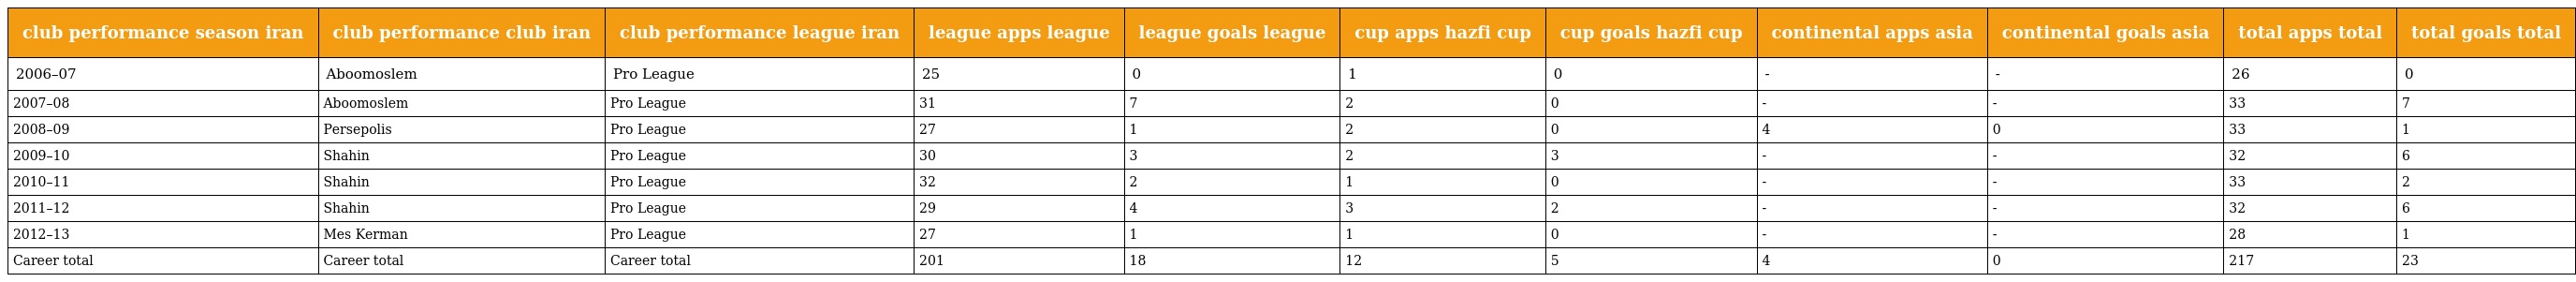
| club performance season iran | club performance club iran | club performance league iran | league apps league | league goals league | cup apps hazfi cup | cup goals hazfi cup | continental apps asia | continental goals asia | total apps total | total goals total |
 | --- | --- | --- | --- | --- | --- | --- | --- | --- | --- | --- |
 | 2006–07 | Aboomoslem | Pro League | 25 | 0 | 1 | 0 | - | - | 26 | 0 |
 | 2007–08 | Aboomoslem | Pro League | 31 | 7 | 2 | 0 | - | - | 33 | 7 |
 | 2008–09 | Persepolis | Pro League | 27 | 1 | 2 | 0 | 4 | 0 | 33 | 1 |
 | 2009–10 | Shahin | Pro League | 30 | 3 | 2 | 3 | - | - | 32 | 6 |
 | 2010–11 | Shahin | Pro League | 32 | 2 | 1 | 0 | - | - | 33 | 2 |
 | 2011–12 | Shahin | Pro League | 29 | 4 | 3 | 2 | - | - | 32 | 6 |
 | 2012–13 | Mes Kerman | Pro League | 27 | 1 | 1 | 0 | - | - | 28 | 1 |
 | Career total | Career total | Career total | 201 | 18 | 12 | 5 | 4 | 0 | 217 | 23 |